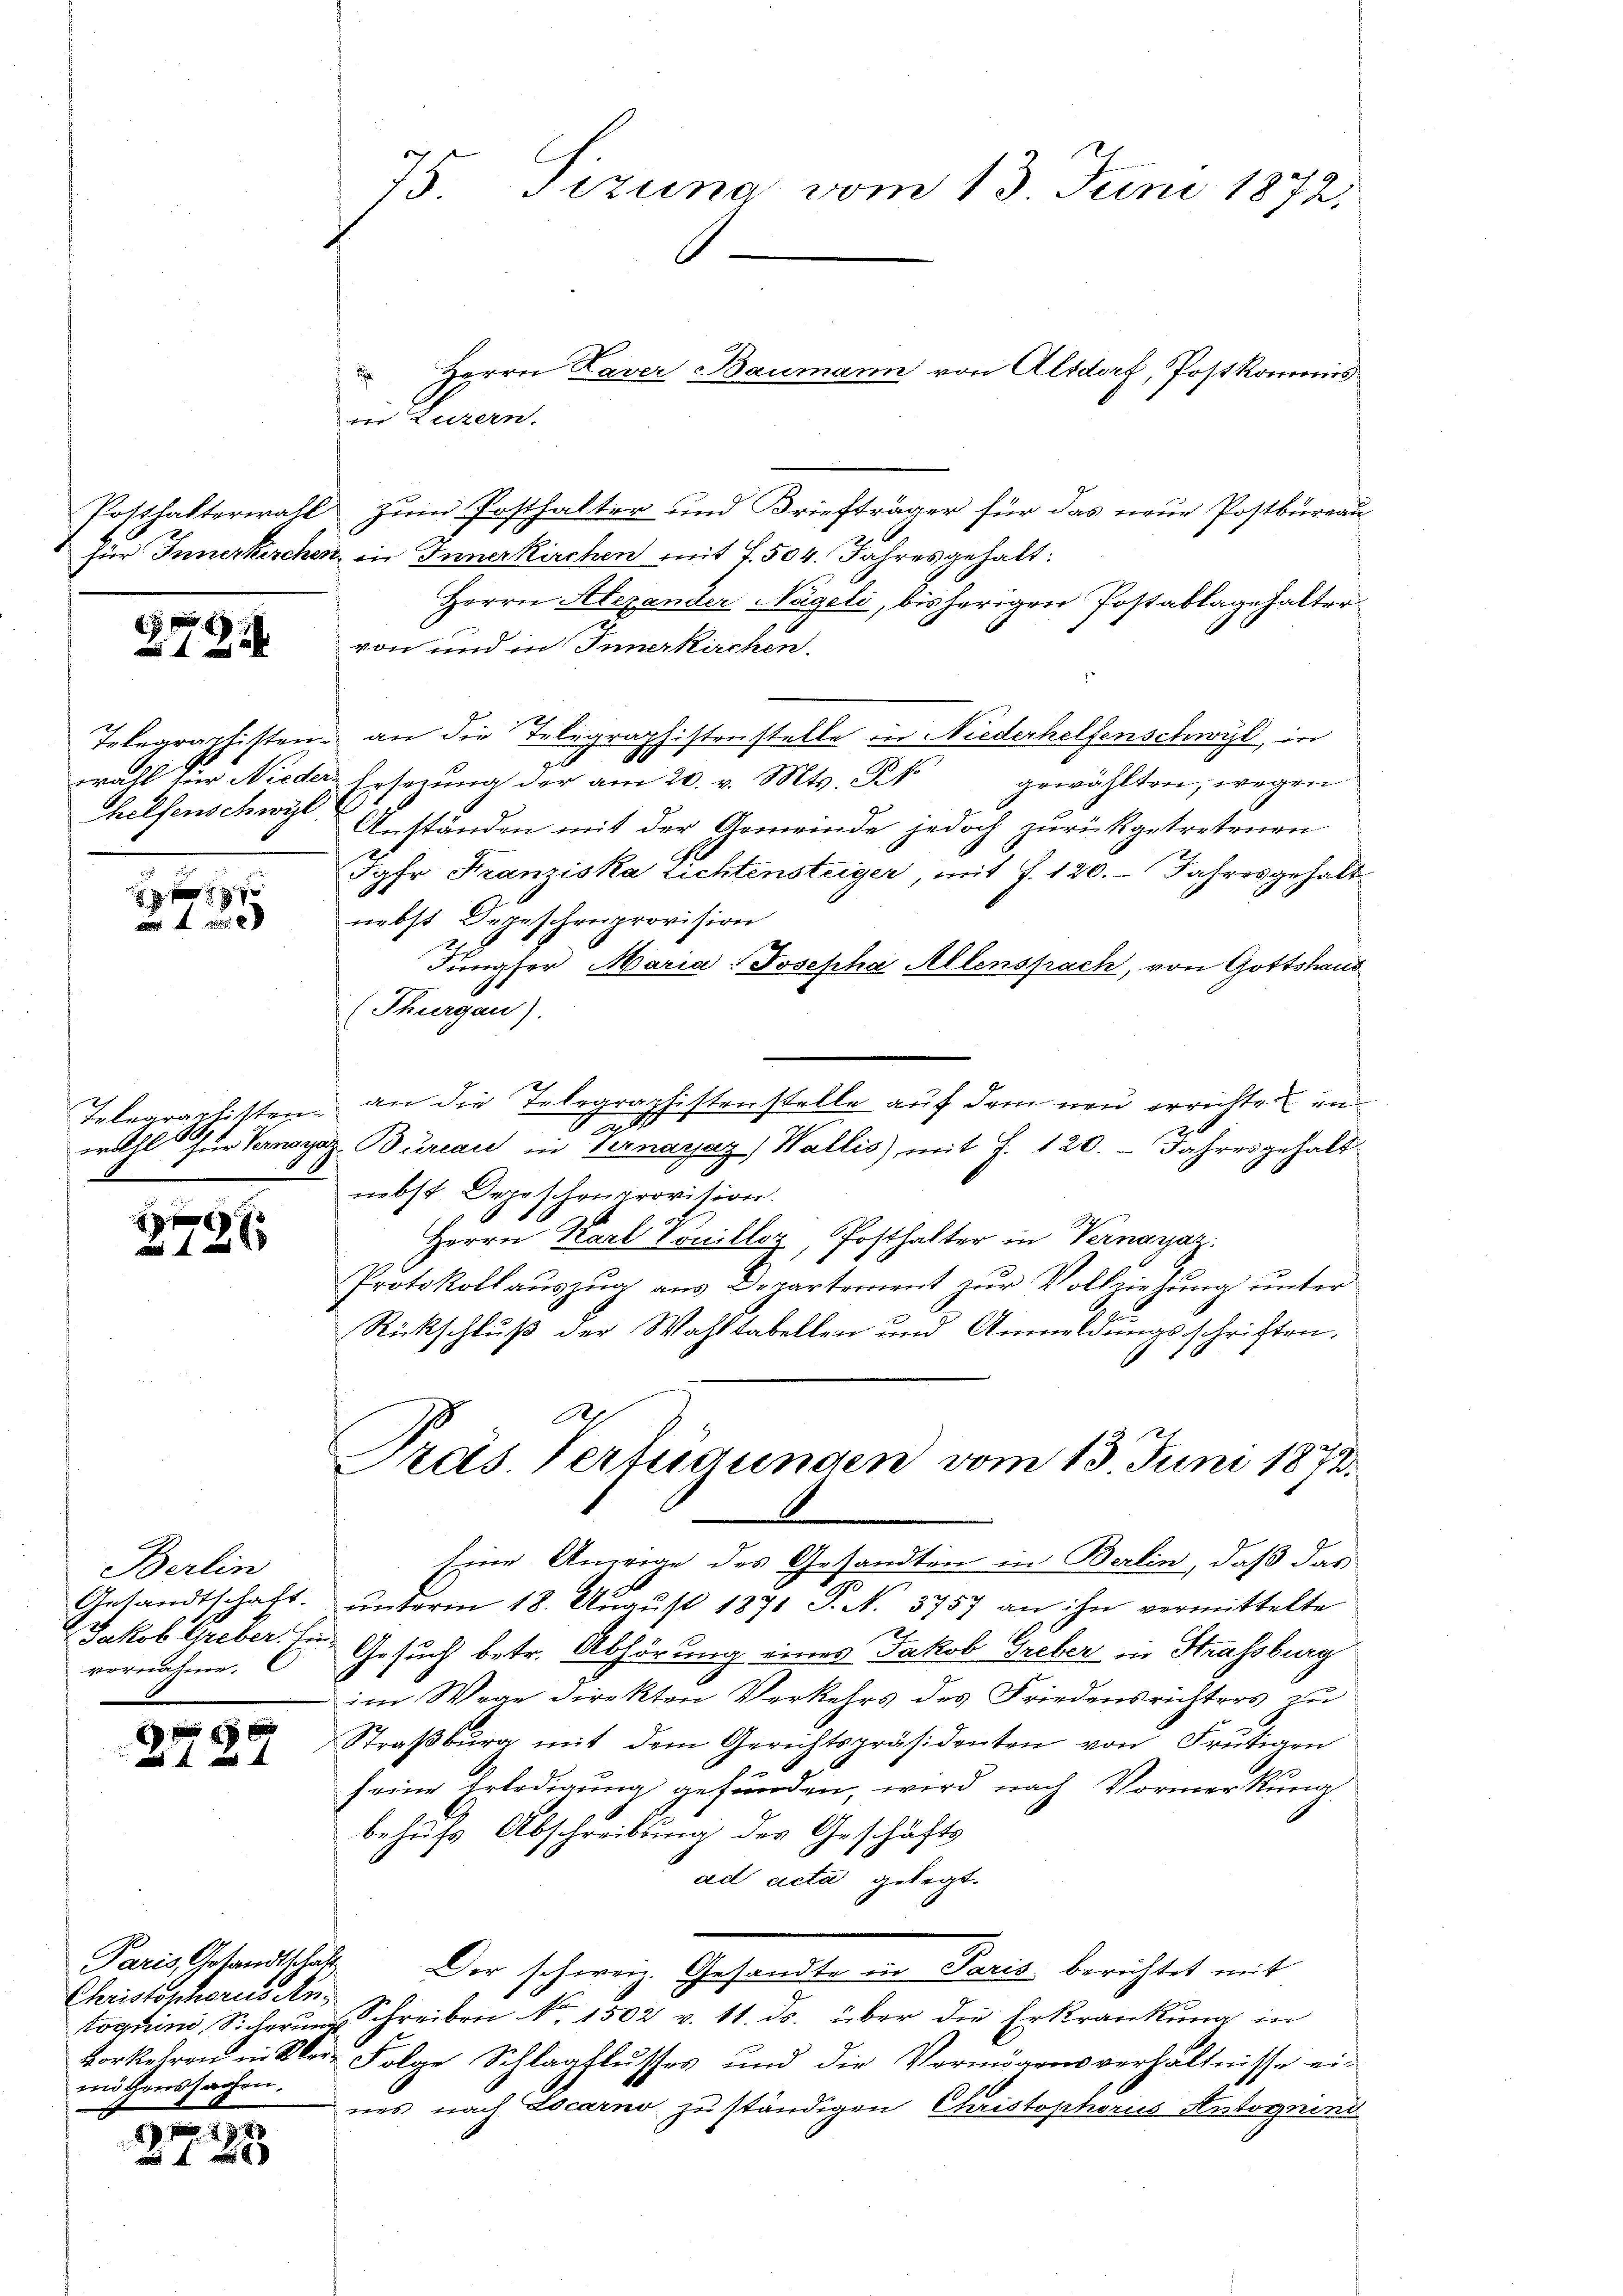
75. Sizung vom 13. Juni 1872,
.

Herrn Laver Baumann von Altdorf, Postkommis
Zum Posthalter und Briefträger für das neue Postbureau
da in Inner kirchen mit 7. 504. Jahres gehalt:
Herrn Alexander Nägeli, bisherigen Postablagehalter
von und in Innerkirchen.
an die Telegraphistenstelle in Niederhelfenschwyz, in
u Ersetzŭng der am 20. v. Mts. K. gewählten, wegen
Anständen mit der Gemeinde jedoch zurückgetretenen
Jahr Franziska Lichtensteiger, mit 7. 120. Jahresgehalt
nebst Depeschenprovision
Jüngser Maria: Josepha Allenspach, von Gottshaus
(Thurgau).
an die Telegraphistenstelle auf dem neu errichten in
a
woll für Vernayaz Bureau in Vernarjaz) Wallis) mit J. 120. Jahresgehalt
nebst Depeschenprovition.
Herrn Karl Konilloz, Posthalter in Vernaraz
Protokoll auszug aus Departement zur Vollziehung unter
Rückschluß der Wahltabellen und Anmeldungsschriften,
Präs. Verfügungen vom 13. Juni 1872.
Eine Anzeige des Gesandten in Berlin, daß das
.
10
unterm 18. August 1871 S. N. 3757 an ihn vermittelte
Gesuch betr. Abhörung eines Jakob Greber in Strassburg
im Wege direkten Verkehrs des Friedensrichters zu
Straßburg mit dem Gerichtspräsidenten von Frutigen
seine Erledigung gefunden, wird nach Vormerkung
behufs Abschreibung des Geschäfts
ad acta gelegt.
Der schwein Gesandte in Paris berichtet mit
toquin, Sicher Schrein Nr. 1502 v. 11. ds. über die Erkrankung in
vorkehren in Wer Folge Schlagflusses und die Vermögensverhältnisse ei-
nes nach Locarno zu ständigen Christophorus Antognind

in Luzern.

Posthalterwalt
für Innerkirch

2724

Telegraphisten.
wall für Nieder
Thelfenschwyl

xx
 4 x

Tolegraphisten.

12xx

Berlin
Gesandtschaft.
Jakob Greber. Ei
vernahme.

Paris Gesandtschaft
Christophorus Anmögenssachen.

19. 73
2

4 x 2